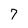
Character: 7